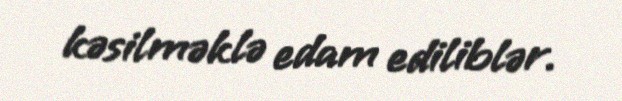
kəsilməklə edam ediliblər.